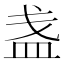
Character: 盏